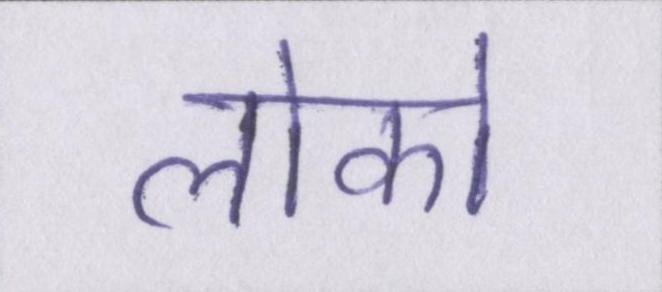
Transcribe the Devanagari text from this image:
लोको